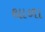
થાળા